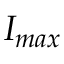
I _ { m a x }